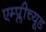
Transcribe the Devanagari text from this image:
एम्प्लीच्यूड